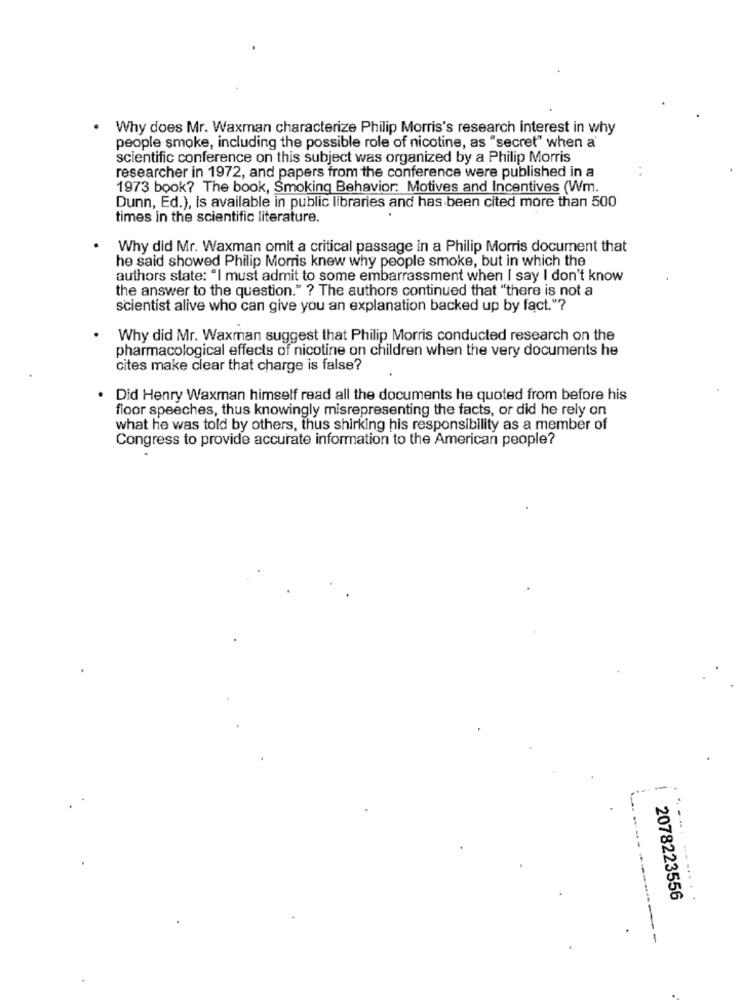
Why does Mr. Waxman characterize Philip Morris's research interest in why
people smoke, including the possible role of nicotine, as "secret" when a
scientific conference on this subject was organized by a Philip Morris
researcher in 1972, and papers from the conference were published in a
1973 book? The book, Smoking Behavior: Motives and Incentives (Wm.
Dunn, Ed.), is available in public libraries and has been cited more than 500
times in the scientific literature.
Why did Mr. Waxman omit a critical passage in a Philip Morris document that
he said showed Philip Morris knew why people smoke, but in which the
authors state: "I must admit to some embarrassment when I say I don't know
the answer to the question." ? The authors continued that "there is not a
scientist alive who can give you an explanation backed up by fact."?
Why did Mr. Waxman suggest that Philip Morris conducted research on the
pharmacological effects of nicotine on children when the very documents he
cites make clear that charge is false?
Did Henry Waxman himself read all the documents he quoted from before his
floor speeches, thus knowingly misrepresenting the facts, or did he rely on
what he was told by others, thus shirking his responsibility as a member of
Congress to provide accurate information to the American people?
...
2078223556